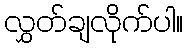
လွှတ်ချလိုက်ပါ။